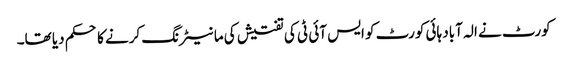
کورٹ نے الہ آباد ہائی کورٹ کو ایس آئی ٹی کی تفتیش کی مانیٹرنگ کرنے کا حکم دیا تھا۔